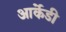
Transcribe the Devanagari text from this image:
आर्केडी